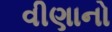
વીણાનો